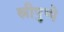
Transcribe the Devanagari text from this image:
स्रीपुष्पे